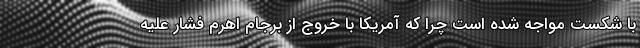
با شکست مواجه شده است چرا که آمریکا با خروج از برجام اهرم فشار علیه